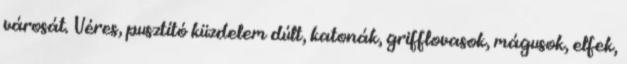
városát. Véres, pusztító küzdelem dúlt, katonák, grifflovasok, mágusok, elfek,